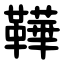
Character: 鞾